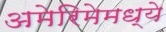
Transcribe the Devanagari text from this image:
अमेरिमेमध्ये